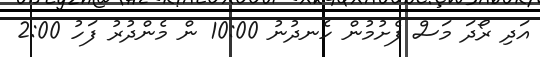
އަދި ރޯދަ މަސް ފެށުމުން ހެނދުނު 10:00 ން މެންދުރު ފަހު 2:00